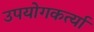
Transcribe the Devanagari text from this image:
उपयोगकर्त्या